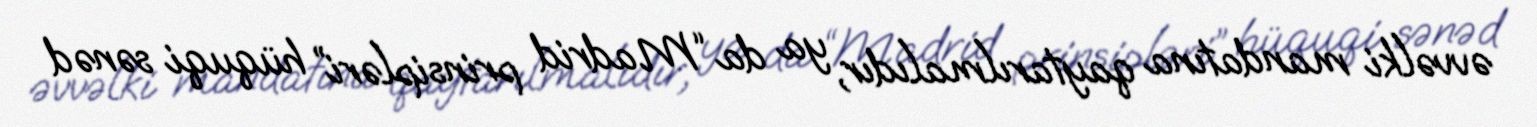
əvvəlki mandatına qaytarılmalıdır, ya da “Madrid prinsipləri” hüquqi sənəd